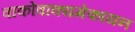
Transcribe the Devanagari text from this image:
वाकोवाक्यमेकायन